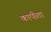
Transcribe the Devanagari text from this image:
कापीता